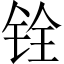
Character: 铨